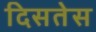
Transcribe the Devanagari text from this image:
दिसतेस